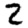
Digit: 2